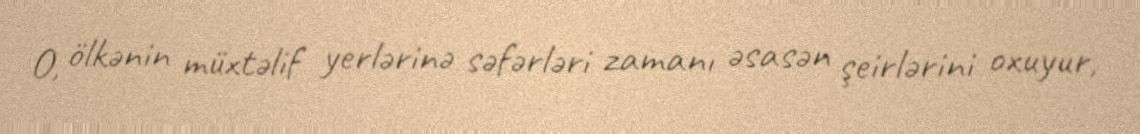
O, ölkənin müxtəlif yerlərinə səfərləri zamanı əsasən şeirlərini oxuyur,